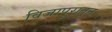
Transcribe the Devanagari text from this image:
विजापुरातून